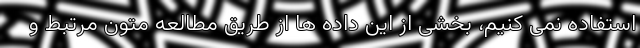
استفاده نمی کنیم، بخشی از این داده ها از طریق مطالعه متون مرتبط و